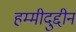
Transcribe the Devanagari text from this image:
हम्मीदुद्दीन